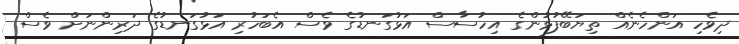
ދިވެހި އަންހެނެއް ތިޔަބޭފުޅުންގެ އިހުސާސް އަޅުގަނޑުގެ ވެސް އެބަހުރި އަޅުގަނޑުގެ ދަރިންނަށް ވެސް